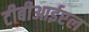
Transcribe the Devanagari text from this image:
टीबीआईएल